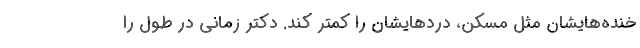
خنده‌هایشان مثل مسکن، دردهایشان را کمتر کند. دکتر زمانی در طول را